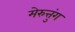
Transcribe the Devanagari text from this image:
मेरुत्तुंग